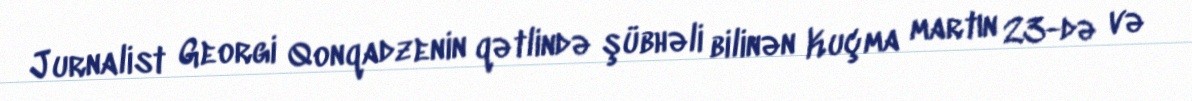
Jurnalist Georgi Qonqadzenin qətlində şübhəli bilinən Kuçma martın 23-də və